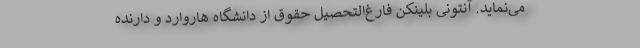
می‌نماید. آنتونی بلینکن فارغ‌التحصیل حقوق از دانشگاه هاروارد و دارنده